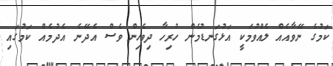
ކަމުގެ ނޭވާއެއް ލެއްވުމަކީ އަޅުގަނޑުމެން ހުރިހާ ދިވެހިން ވެސް އެދޭނެ އެދުމެއް ކަމުގައި